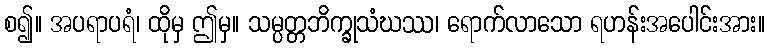
စ၍။ အပရာပရံ၊ ထိုမှ ဤမှ။ သမ္ပတ္တဘိက္ခုသံဃဿ၊ ရောက်လာသော ရဟန်းအပေါင်းအား။